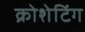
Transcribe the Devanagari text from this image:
क्रोशेटिंग